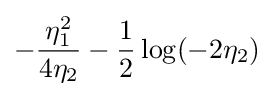
-{\frac {\eta _{1}^{2}}{4\eta _{2}}}-{\frac {1}{2}}\log(-2\eta _{2})